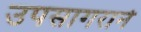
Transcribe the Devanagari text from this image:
उपसागराने